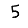
Digit: 5